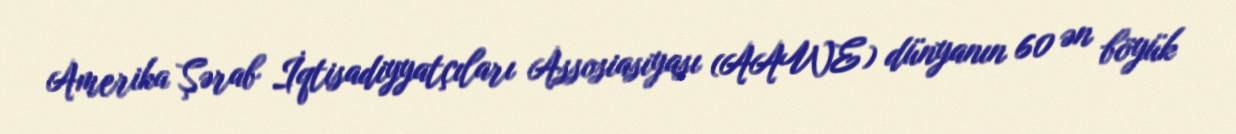
Amerika Şərab İqtisadiyyatçıları Assosiasiyası (AAWE) dünyanın 60 ən böyük